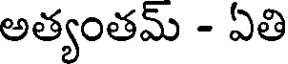
అత్యంతమ్ - ఏతి